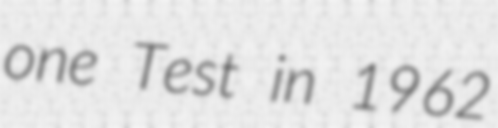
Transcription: one Test in 1962